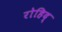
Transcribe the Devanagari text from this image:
रोहिद्